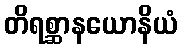
တိရစ္ဆာနယောနိယံ